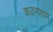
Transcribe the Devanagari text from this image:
शतगाथम